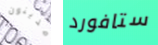
مدينون ستافورد